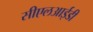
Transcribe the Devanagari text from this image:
सीएलआईडी